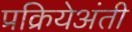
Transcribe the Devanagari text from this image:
प्रक्रियेअंती